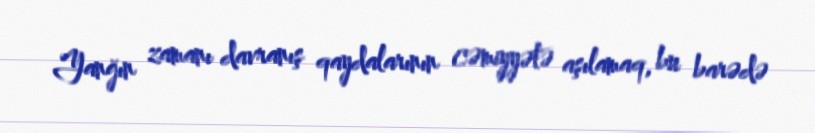
Yanğın zamanı davranış qaydalarının cəmiyyətə aşılamaq, bu barədə